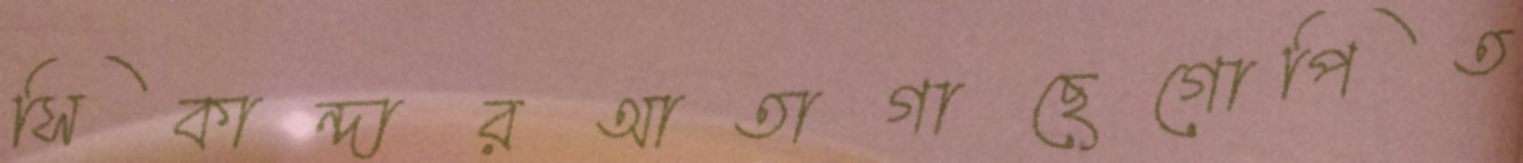
সিকান্দারআতাগাছেগোপিত